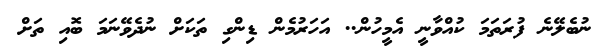
ނުބެލޭނެ ފުރަތަމަ ކުއްވާނީ އެމީހުން.. އަހަރުމެން ޑިންގި ތަކަށް ނުދެވޭނަމަ ބޮއި ތަށް